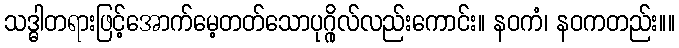
သဒ္ဓါတရားဖြင့်အောက်မေ့တတ်သောပုဂ္ဂိုလ်လည်းကောင်း။ နဝကံ၊ နဝကတည်း။။